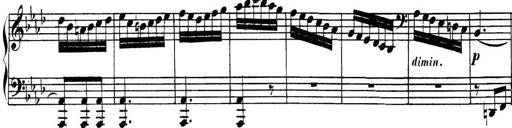
Title: Collected Piano Sonatas
Composer: Muzio Clementi